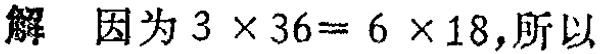
解 因为 \(3\times36 = 6\times18\)，所以